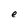
Character: e